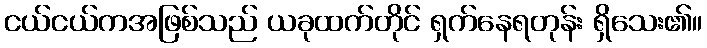
ငယ်ငယ်ကအဖြစ်သည် ယခုထက်တိုင် ရှက်နေရတုန်း ရှိသေး၏။